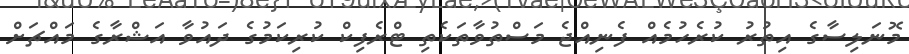
މޮނަލިސާގެ އިތުރު ކުރެހުމެއް ފެނިއްޖެ މަސްތުވާތަކެތި ޓްރެފިކް ކުރިކަމުގެ ދައުވާ އަޝްރާގެ މައްޗަށް